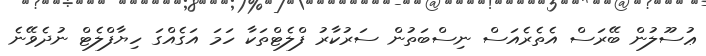
ޢުސޫލުން ބޭރަސް އެތެރެއަސް ނިސްބަތުން ސަރުކާރު ފްލެޓްތަކާ ހަމަ އަގެއްގަ ހިޔާފްލެޓް ނުދެވޭނެ